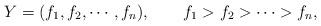
LaTeX: \begin{align*}Y=(f_1,f_2,\cdots,f_n), \qquad f_1>f_2>\cdots>f_n,\end{align*}